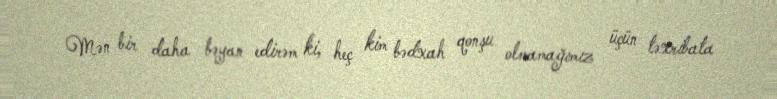
Mən bir daha bəyan edirəm ki, heç kim bədxah qonşu olmamağımız üçün təxribata